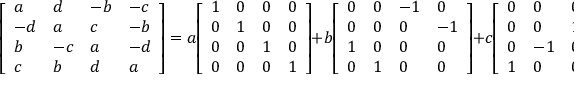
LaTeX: { \left[ \begin{array} { l l l l } { a } & { d } & { - b } & { - c } \\ { - d } & { a } & { c } & { - b } \\ { b } & { - c } & { a } & { - d } \\ { c } & { b } & { d } & { a } \end{array} \right] } = a { \left[ \begin{array} { l l l l } { 1 } & { 0 } & { 0 } & { 0 } \\ { 0 } & { 1 } & { 0 } & { 0 } \\ { 0 } & { 0 } & { 1 } & { 0 } \\ { 0 } & { 0 } & { 0 } & { 1 } \end{array} \right] } + b { \left[ \begin{array} { l l l l } { 0 } & { 0 } & { - 1 } & { 0 } \\ { 0 } & { 0 } & { 0 } & { - 1 } \\ { 1 } & { 0 } & { 0 } & { 0 } \\ { 0 } & { 1 } & { 0 } & { 0 } \end{array} \right] } + c { \left[ \begin{array} { l l l l } { 0 } & { 0 } & { 0 } & { - 1 } \\ { 0 } & { 0 } & { 1 } & { 0 } \\ { 0 } & { - 1 } & { 0 } & { 0 } \\ { 1 } & { 0 } & { 0 } & { 0 } \end{array} \right] } + d { \left[ \begin{array} { l l l l } { 0 } & { 1 } & { 0 } & { 0 } \\ { - 1 } & { 0 } & { 0 } & { 0 } \\ { 0 } & { 0 } & { 0 } & { - 1 } \\ { 0 } & { 0 } & { 1 } & { 0 } \end{array} \right] } .